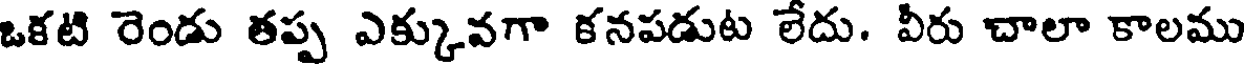
ఒకటి రెండు తప్ప ఎక్కువగా కనపడుట లేదు. వీరు చాలా కాలము